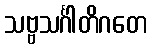
သဗ္ဗသင်္ဂါတိဂတေ